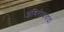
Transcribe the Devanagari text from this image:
अविरोधवाद।